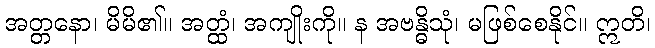
အတ္တနော၊ မိမိ၏။ အတ္ထံ၊ အကျိုးကို။ န အဗန္ဓိသုံ၊ မဖြစ်စေနိုင်။ ဣတိ၊